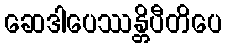
ဆေဒါပေဿန္တိပီတိပေ